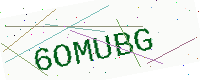
Text: 6OMUBG